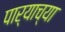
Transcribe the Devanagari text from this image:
पार्‍याच्या